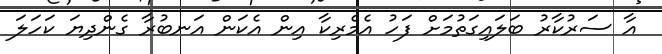
އާ ސަރުކާރު ބަލައިގަތުމަށް ފަހު އެމެރިކާ އިން އެކަން އަނބުރާ ގެންދިޔަ ކަހަލަ